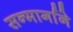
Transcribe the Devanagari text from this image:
सन्मार्गाने